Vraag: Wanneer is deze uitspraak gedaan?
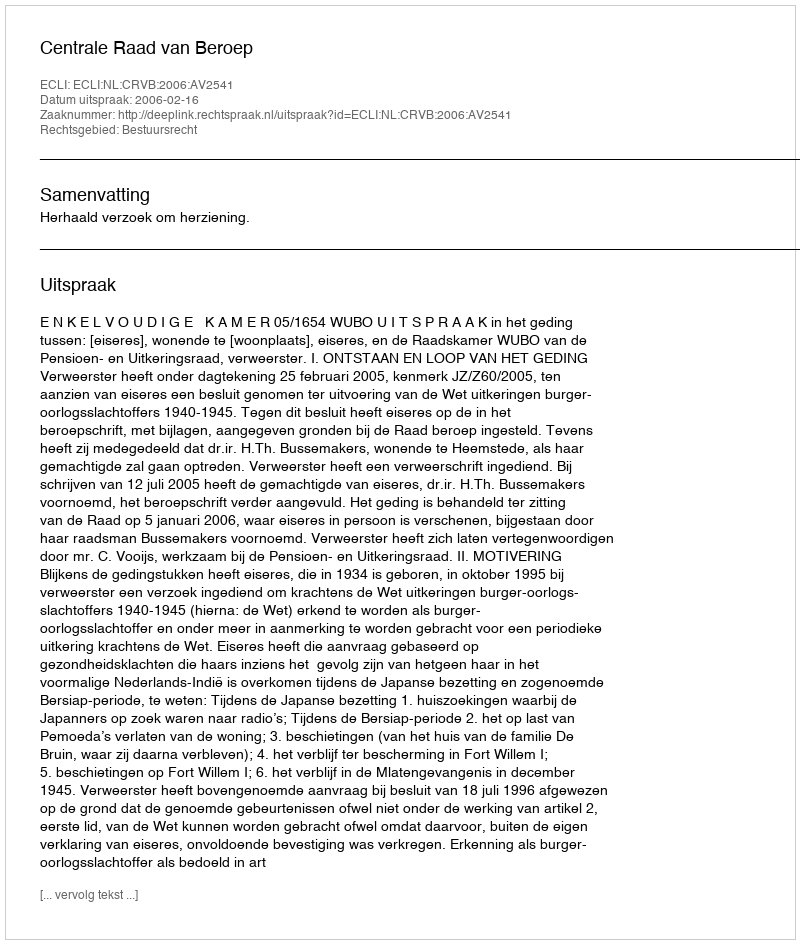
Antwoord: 2006-02-16